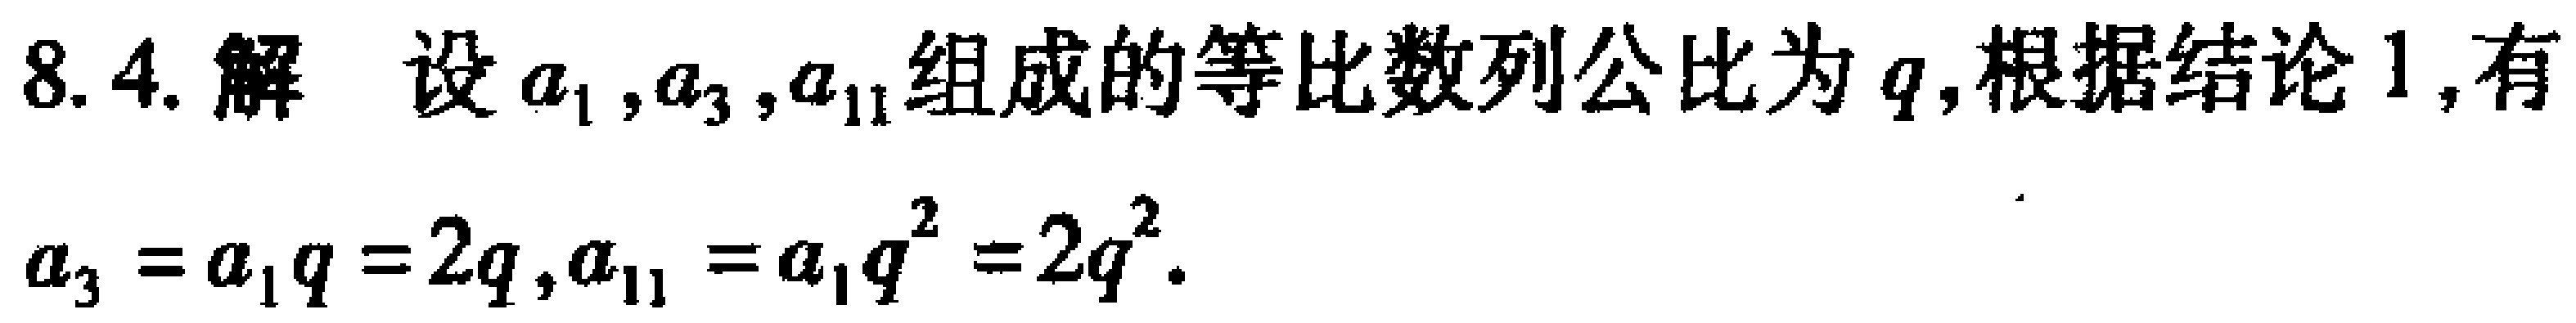
8.4.解 设\(a_{1},a_{3},a_{11}\)组成的等比数列公比为\(q\),根据结论1,有

\(a_{3}=a_{1}q = 2q,a_{11}=a_{1}q^{2}=2q^{2}\).